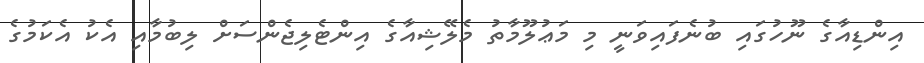
އިންޑިއާގެ ނޫހުގައި ބުނެފައިވަނީ މި މަޢުލޫމާތު މެލޭޝިއާގެ އިންޓެލިޖެންސަށް ލިބުމާއި އެކު އެކަމުގެ